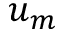
u _ { m }